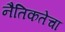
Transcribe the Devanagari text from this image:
नैतिकतेचा